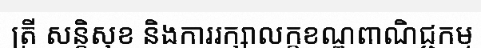
ត្រី សន្តិសុខ និងការរក្សាលក្ខខណ្ឌពាណិជ្ជកម្ម